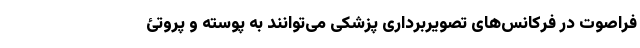
فراصوت در فرکانس‌های تصویربرداری پزشکی می‌توانند به پوسته و پروتئ